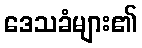
ဒေသခံများ၏